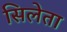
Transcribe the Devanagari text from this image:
सिलेता